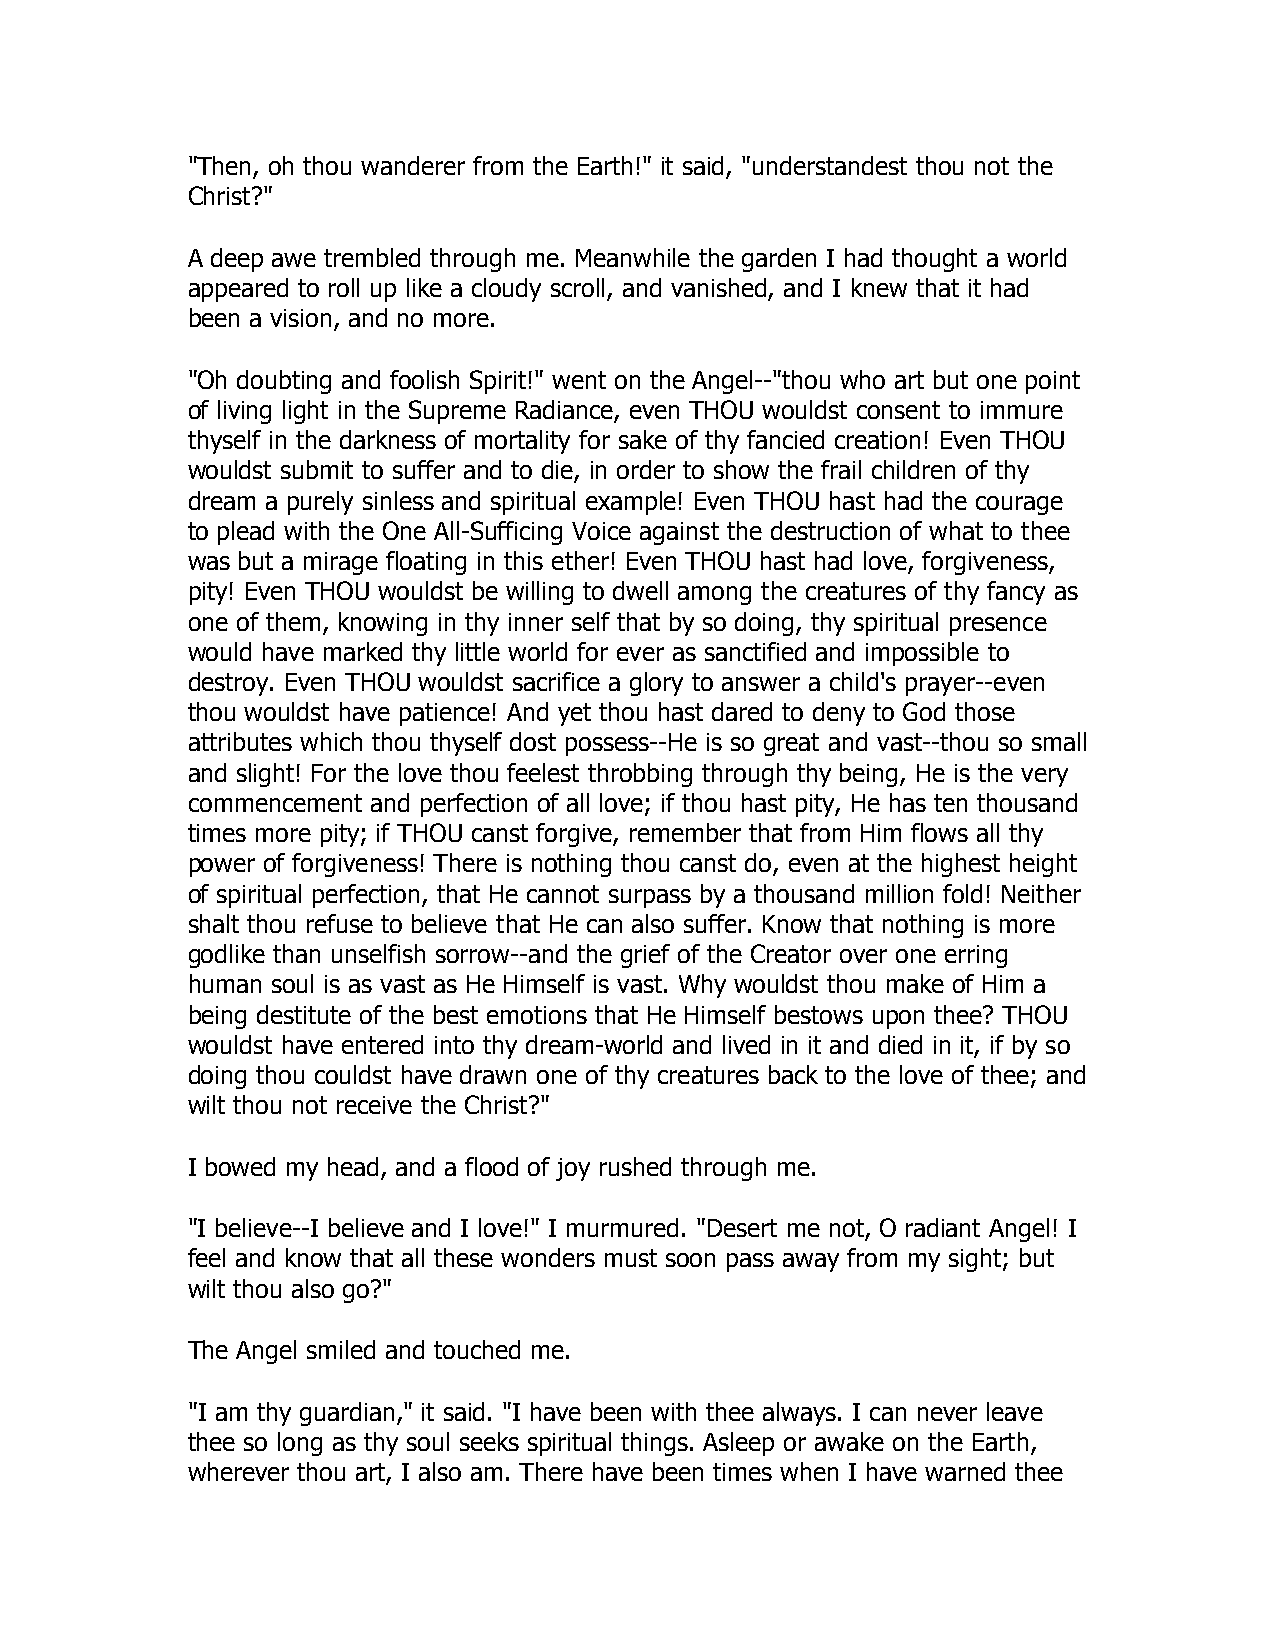
"Then, oh thou wanderer from the Earth!" it said, "understandest thou not the
 Christ?"
 A deep awe trembled through me. Meanwhile the garden I had thought a world
 appeared to roll up like a cloudy scroll, and vanished, and I knew that it had
 been a vision, and no more.
 "Oh doubting and foolish Spirit!" went on the Angel--"thou who art but one point
 of living light in the Supreme Radiance, even THOU wouldst consent to immure
 thyself in the darkness of mortality for sake of thy fancied creation! Even THOU
 wouldst submit to suffer and to die, in order to show the frail children of thy
 dream a purely sinless and spiritual example! Even THOU hast had the courage
 to plead with the One All-Sufficing Voice against the destruction of what to thee
 was but a mirage floating in this ether! Even THOU hast had love, forgiveness,
 pity! Even THOU wouldst be willing to dwell among the creatures of thy fancy as
 one of them, knowing in thy inner self that by so doing, thy spiritual presence
 would have marked thy little world for ever as sanctified and impossible to
 destroy. Even THOU wouldst sacrifice a glory to answer a child's prayer--even
 thou wouldst have patience! And yet thou hast dared to deny to God those
 attributes which thou thyself dost possess--He is so great and vast--thou so small
 and slight! For the love thou feelest throbbing through thy being, He is the very
 commencement and perfection of all love; if thou hast pity, He has ten thousand
 times more pity; if THOU canst forgive, remember that from Him flows all thy
 power of forgiveness! There is nothing thou canst do, even at the highest height
 of spiritual perfection, that He cannot surpass by a thousand million fold! Neither
 shalt thou refuse to believe that He can also suffer. Know that nothing is more
 godlike than unselfish sorrow--and the grief of the Creator over one erring
 human soul is as vast as He Himself is vast. Why wouldst thou make of Him a
 being destitute of the best emotions that He Himself bestows upon thee? THOU
 wouldst have entered into thy dream-world and lived in it and died in it, if by so
 doing thou couldst have drawn one of thy creatures back to the love of thee; and
 wilt thou not receive the Christ?"
 I bowed my head, and a flood of joy rushed through me.
 "I believe--I believe and I love!" I murmured. "Desert me not, O radiant Angel! I
 feel and know that all these wonders must soon pass away from my sight; but
 wilt thou also go?"
 The Angel smiled and touched me.
 "I am thy guardian," it said. "I have been with thee always. I can never leave
 thee so long as thy soul seeks spiritual things. Asleep or awake on the Earth,
 wherever thou art, I also am. There have been times when I have warned thee